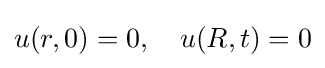
u(r,0)=0,\quad u(R,t)=0